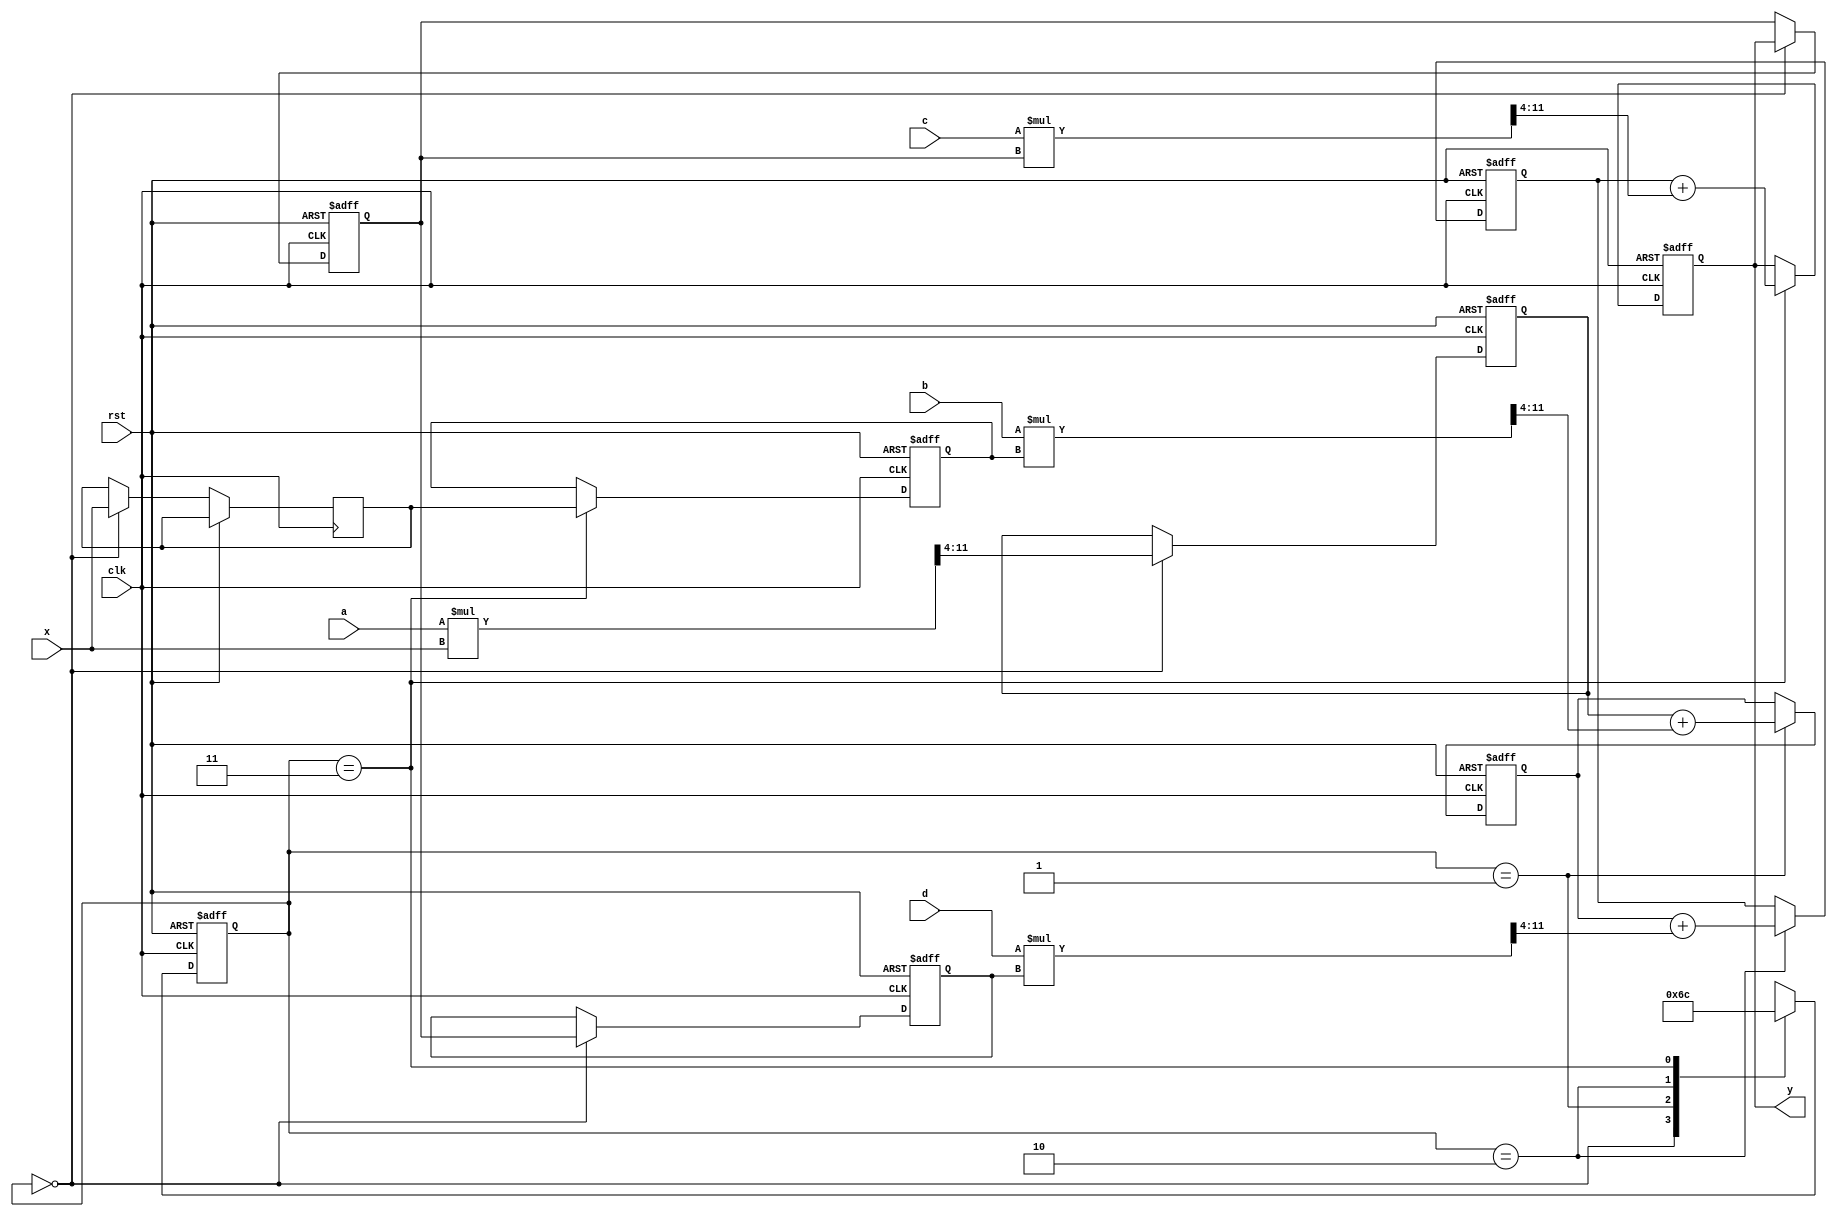
`timescale 1ns / 1ps

module IIR_fold(
clk,
rst,
a,b,c,d,
x,
y
);

parameter width = 8;

input clk,rst;
input[7:0] a,b,c,d;
input[7:0] x;
output[7:0] y;

//your code here=============
reg [7:0] xm1;
reg [7:0] ym1;
reg [7:0] ym2;

reg [7:0] stage0_out;
reg [7:0] stage1_out;
reg [7:0] stage2_out;
reg [7:0] stage3_out;

reg [1:0] stage;
reg [7:0] x_temp;

function [7:0] multiply;
	input signed [width-1:0] a,b;
	parameter width=8;
	parameter decimal=4;

	reg signed[width*2-1:0] mul0; // double-width of a.
	reg signed[width*2-1:0] mul1; // double-width of b.
	reg[width*2-1:0] ab; // intermediate result of a * b.
	
	begin
	mul0 = {{8{a[width-1]}},a[width-1:0]};
	mul1 = {{8{b[width-1]}},b[width-1:0]};

	ab = mul0*mul1;
	multiply=ab[width-1+decimal:decimal];
	end
endfunction

assign y = stage3_out;

always @(posedge clk or posedge rst) begin
	if (rst) begin
		stage0_out <= 0;
		stage1_out <= 0;
		stage2_out <= 0;
		stage3_out <= 0;
		stage <= 0;
	end
	else begin
		//resource sharing 
		case (stage)
			2'b00: begin
				stage <= 2'b01;
				stage0_out <= multiply(a,x);					
			end
			2'b01: begin
				stage <= 2'b10;
				stage1_out <= stage0_out + multiply(b,xm1);
			end
			2'b10: begin
				stage <= 2'b11;
				stage2_out <= stage1_out + multiply(d,ym2);
			end
			2'b11: begin
				stage <= 2'b00;
				stage3_out <= stage2_out + multiply(c,ym1);
			end
		endcase
	end
end


//Store prvious values
always @(posedge clk or posedge rst) begin
	if (rst) begin
		xm1 <= 0;
		ym1 <= 0;	
		ym2 <= 0;
	end
	else begin
		case (stage)
			2'b00: begin
				ym1 <= y;
				ym2 <= ym1;
				x_temp <= x;
				end
			2'b11: begin
				xm1 <= x_temp;
				end
			default: begin
				ym1 <=ym1;
				ym2 <=ym2;
				x_temp <=x_temp;
				xm1 <=xm1;
			end
		endcase
	end
end

endmodule